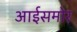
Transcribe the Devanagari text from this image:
आईसमोर